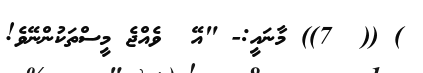
) ((  7)) މާނައީ:- "އޭ  ވެއްޖެ މީސްތަކުންނޭވެ!